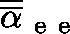
\overline { { \overline { { \mathbf { \alpha } } } } } _ { \mathrm { ~ e ~ e ~ } }